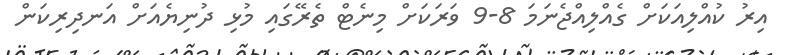
އިރު ކުއްލިއަކަށް ގެއްލިއްޖެނަމަ 8-9 ވަރަކަށް މިނެޓް ތެރޭގައި މުޅި ދުނިޔެއަށް އަނދިރިކަން